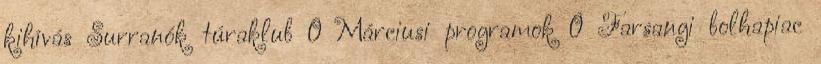
kihívás Surranók túraklub 0 Márciusi programok 0 Farsangi bolhapiac